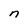
Character: n